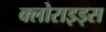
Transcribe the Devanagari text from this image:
क्लोराइड्स